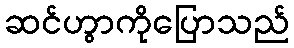
ဆင်ဟွာကိုပြောသည်